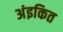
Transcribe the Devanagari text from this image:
अंइकित